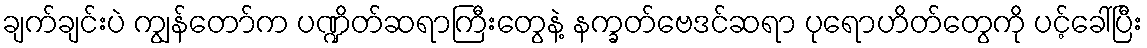
ချက်ချင်းပဲ ကျွန်တော်က ပဏ္ဍိတ်ဆရာကြီးတွေနဲ့ နက္ခတ်ဗေဒင်ဆရာ ပုရောဟိတ်တွေကို ပင့်ခေါ်ပြီး